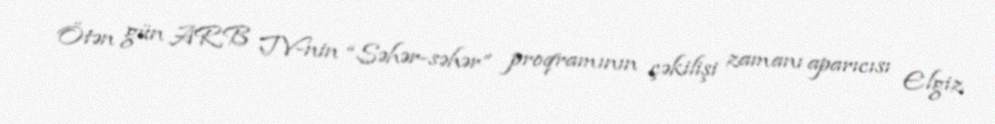
Ötən gün ARB TV-nin “Səhər-səhər” proqramının çəkilişi zamanı aparıcısı Elgiz